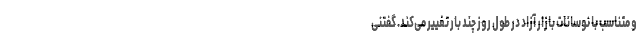
و متناسب با نوسانات بازار آزاد در طول روز چند بار تغییر می‌کند. گفتنی